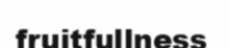
fruitfullness